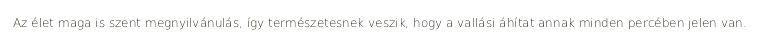
Az élet maga is szent megnyilvánulás, így természetesnek veszik, hogy a vallási áhítat annak minden percében jelen van.